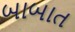
બાબાત